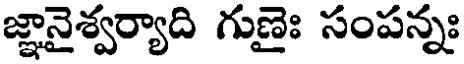
జ్ఞానైశ్వర్యాది గుణైః సంపన్నః